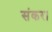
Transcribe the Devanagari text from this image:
संकर।